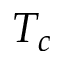
T _ { c }